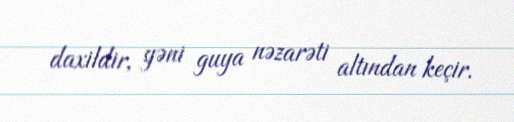
daxildir, yəni guya nəzarəti altından keçir.